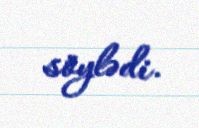
söylədi.